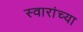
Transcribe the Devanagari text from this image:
स्वारांच्या